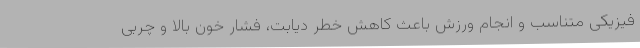
فیزیکی متناسب و انجام ورزش باعث کاهش خطر دیابت، فشار خون بالا و چربی